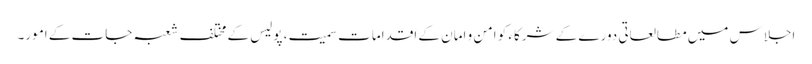
اجلاس میں مطالعاتی دورے کے شرکاء کو امن و امان کے اقدامات سمیت، پولیس کے مختلف شعبہ جات کے امور۔